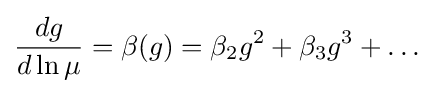
{\frac {dg}{d\ln \mu }}=\beta (g)=\beta _{2}g^{2}+\beta _{3}g^{3}+\ldots ~